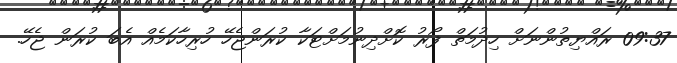
09:37 ރައްޔިތުންނަށް ހިދުމަތް ފޯރު ކޮށްދިނުމަށްޓަކާ ކުރަންޖެހޭ ހުރިހާކަމެއް އެބަ ކުރަން ޖެހޭ.